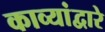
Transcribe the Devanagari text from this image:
काव्यांद्वारे